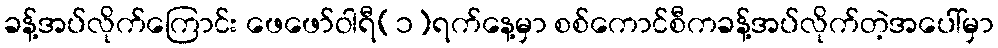
ခန့်အပ်လိုက်ကြောင်း ဖေဖော်ဝါရီ(၁)ရက်နေ့မှာ စစ်ကောင်စီကခန့်အပ်လိုက်တဲ့အပေါ်မှာ